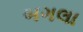
બગલા